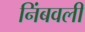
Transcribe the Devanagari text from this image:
निंबवली